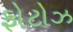
ફોટોઝ